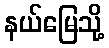
နယ်မြေသို့